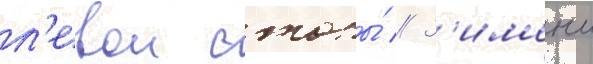
л'евои стопы́ // З'имои